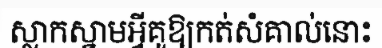
ស្លាកស្នាមអ្វីគួឱ្យកត់សំគាល់នោះ